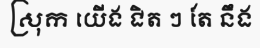
ស្រុក យើង ជិត ៗ តែ នឹង